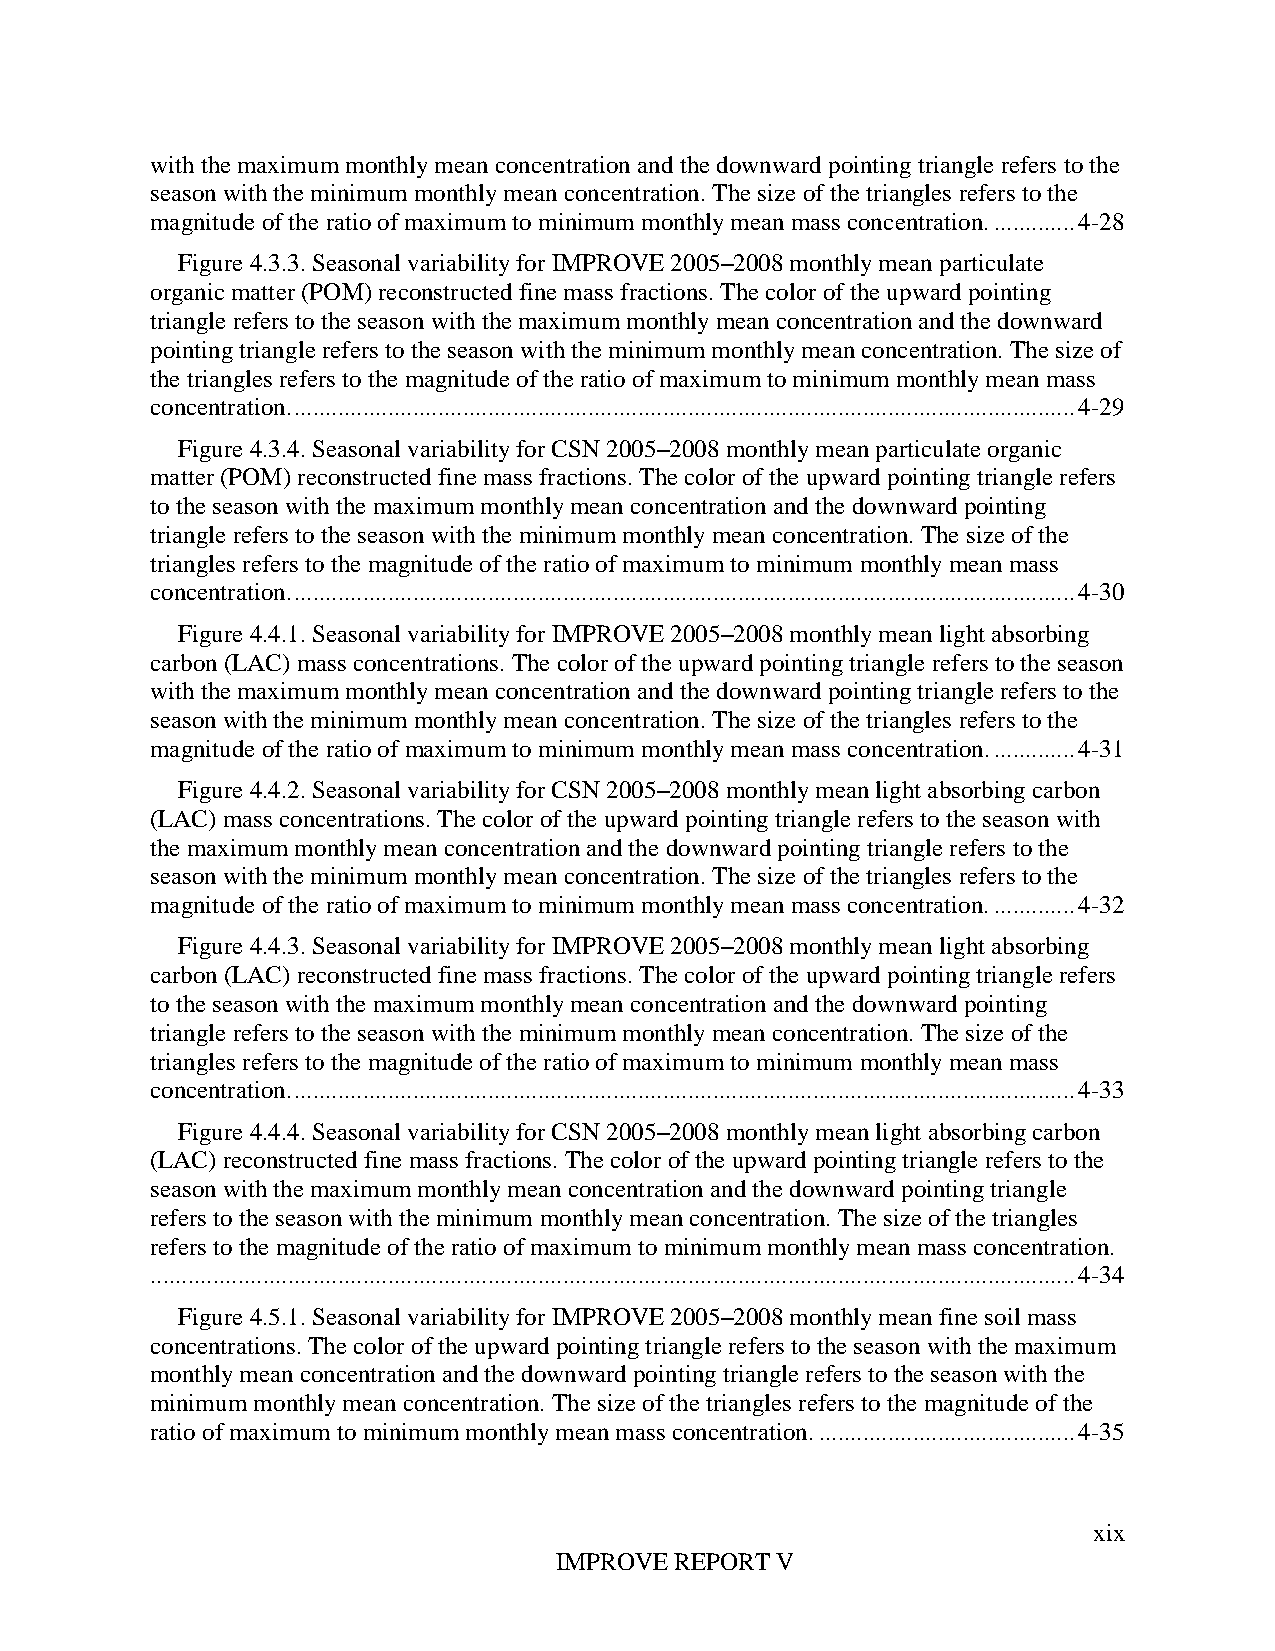
with the maximum monthly mean concentration and the downward pointing triangle refers to the
 season with the minimum monthly mean concentration. The size of the triangles refers to the
 magnitude of the ratio of maximum to minimum monthly mean mass concentration. ............. 4-28
 Figure 4.3.3. Seasonal variability for IMPROVE 2005–2008 monthly mean particulate
 organic matter (POM) reconstructed fine mass fractions. The color of the upward pointing
 triangle refers to the season with the maximum monthly mean concentration and the downward
 pointing triangle refers to the season with the minimum monthly mean concentration. The size of
 the triangles refers to the magnitude of the ratio of maximum to minimum monthly mean mass
 concentration. ............................................................................................................................. 4-29
 Figure 4.3.4. Seasonal variability for CSN 2005–2008 monthly mean particulate organic
 matter (POM) reconstructed fine mass fractions. The color of the upward pointing triangle refers
 to the season with the maximum monthly mean concentration and the downward pointing
 triangle refers to the season with the minimum monthly mean concentration. The size of the
 triangles refers to the magnitude of the ratio of maximum to minimum monthly mean mass
 concentration. ............................................................................................................................. 4-30
 Figure 4.4.1. Seasonal variability for IMPROVE 2005–2008 monthly mean light absorbing
 carbon (LAC) mass concentrations. The color of the upward pointing triangle refers to the season
 with the maximum monthly mean concentration and the downward pointing triangle refers to the
 season with the minimum monthly mean concentration. The size of the triangles refers to the
 magnitude of the ratio of maximum to minimum monthly mean mass concentration. ............. 4-31
 Figure 4.4.2. Seasonal variability for CSN 2005–2008 monthly mean light absorbing carbon
 (LAC) mass concentrations. The color of the upward pointing triangle refers to the season with
 the maximum monthly mean concentration and the downward pointing triangle refers to the
 season with the minimum monthly mean concentration. The size of the triangles refers to the
 magnitude of the ratio of maximum to minimum monthly mean mass concentration. ............. 4-32
 Figure 4.4.3. Seasonal variability for IMPROVE 2005–2008 monthly mean light absorbing
 carbon (LAC) reconstructed fine mass fractions. The color of the upward pointing triangle refers
 to the season with the maximum monthly mean concentration and the downward pointing
 triangle refers to the season with the minimum monthly mean concentration. The size of the
 triangles refers to the magnitude of the ratio of maximum to minimum monthly mean mass
 concentration. ............................................................................................................................. 4-33
 Figure 4.4.4. Seasonal variability for CSN 2005–2008 monthly mean light absorbing carbon
 (LAC) reconstructed fine mass fractions. The color of the upward pointing triangle refers to the
 season with the maximum monthly mean concentration and the downward pointing triangle
 refers to the season with the minimum monthly mean concentration. The size of the triangles
 refers to the magnitude of the ratio of maximum to minimum monthly mean mass concentration.
 .................................................................................................................................................... 4-34
 Figure 4.5.1. Seasonal variability for IMPROVE 2005–2008 monthly mean fine soil mass
 concentrations. The color of the upward pointing triangle refers to the season with the maximum
 monthly mean concentration and the downward pointing triangle refers to the season with the
 minimum monthly mean concentration. The size of the triangles refers to the magnitude of the
 ratio of maximum to minimum monthly mean mass concentration. ......................................... 4-35
 xix
 IMPROVE REPORT V